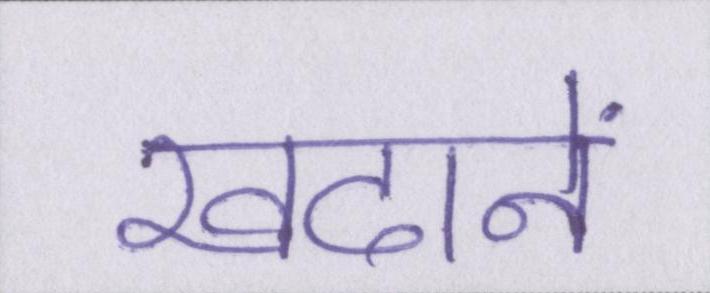
खदानें